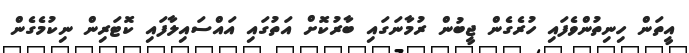
އީތަން ހިނިތުންވެފައި ހުރެގެން ޖީބުން ރުމާނަގައި ބާރުކޮށް އަތުގައި އައްސައިލާފައި ކޮޓަރިން ނިކުމެގެން